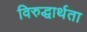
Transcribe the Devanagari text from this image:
विरुद्धार्थता